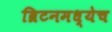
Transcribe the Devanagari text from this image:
ब्रिटनमध्येच